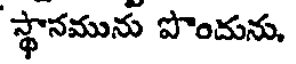
స్థానమును పొందును,